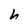
Character: h